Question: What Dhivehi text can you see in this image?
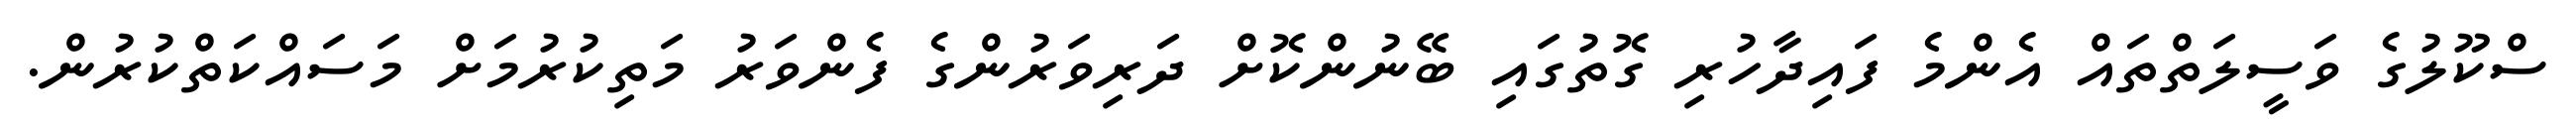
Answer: ސްކޫލުގެ ވަސީލަތްތައް އެންމެ ފައިދާހުރި ގޮތުގައި ބޭނުންކޮށް ދަރިވަރުންގެ ފެންވަރު މަތިކުރުމަށް މަސައްކަތްކުރުން.